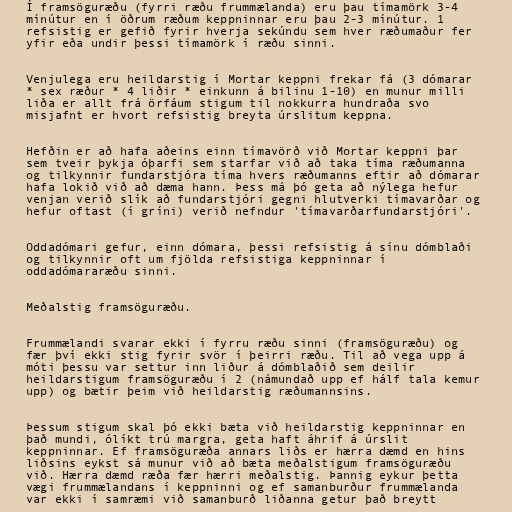
Í framsöguræðu (fyrri ræðu frummælanda) eru þau tímamörk 3-4
mínútur en í öðrum ræðum keppninnar eru þau 2-3 mínútur. 1
refsistig er gefið fyrir hverja sekúndu sem hver ræðumaður fer
yfir eða undir þessi tímamörk í ræðu sinni.

Venjulega eru heildarstig í Mortar keppni frekar fá (3 dómarar
* sex ræður * 4 liðir * einkunn á bilinu 1-10) en munur milli
liða er allt frá örfáum stigum til nokkurra hundraða svo
misjafnt er hvort refsistig breyta úrslitum keppna.

Hefðin er að hafa aðeins einn tímavörð við Mortar keppni þar
sem tveir þykja óþarfi sem starfar við að taka tíma ræðumanna
og tilkynnir fundarstjóra tíma hvers ræðumanns eftir að dómarar
hafa lokið við að dæma hann. Þess má þó geta að nýlega hefur
venjan verið slík að fundarstjóri gegni hlutverki tímavarðar og
hefur oftast (í gríni) verið nefndur 'tímavarðarfundarstjóri'.

Oddadómari gefur, einn dómara, þessi refsistig á sínu dómblaði
og tilkynnir oft um fjölda refsistiga keppninnar í
oddadómararæðu sinni.

Meðalstig framsöguræðu.

Frummælandi svarar ekki í fyrru ræðu sinni (framsöguræðu) og
fær því ekki stig fyrir svör í þeirri ræðu. Til að vega upp á
móti þessu var settur inn liður á dómblaðið sem deilir
heildarstigum framsöguræðu í 2 (námundað upp ef hálf tala kemur
upp) og bætir þeim við heildarstig ræðumannsins.

Þessum stigum skal þó ekki bæta við heildarstig keppninnar en
það mundi, ólíkt trú margra, geta haft áhrif á úrslit
keppninnar. Ef framsöguræða annars liðs er hærra dæmd en hins
liðsins eykst sá munur við að bæta meðalstigum framsöguræðu
við. Hærra dæmd ræða fær hærri meðalstig. Þannig eykur þetta
vægi frummælandans í keppninni og ef samanburður frummælanda
var ekki í samræmi við samanburð liðanna getur það breytt